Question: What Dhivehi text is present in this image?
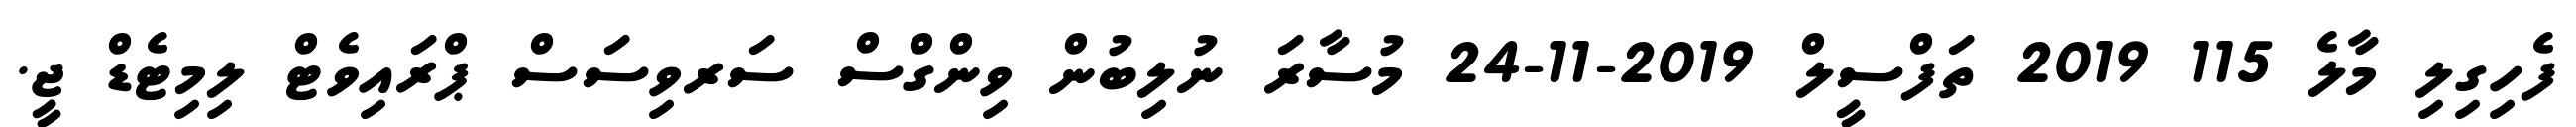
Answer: ފެހިގިލި މާލެ 115 2019 ތަފްސީލް 2019-11-24 މުސާރަ ނުލިބުން ވިންގްސް ސަރވިސަސް ޕްރައިވެޓް ލިމިޓެޑް ޖީ.